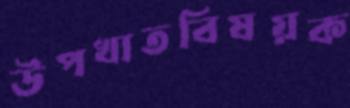
উপখাতবিষয়ক